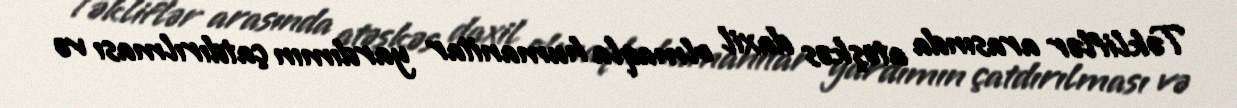
Təkliflər arasında atəşkəs daxil olmaqla humanitar yardımın çatdırılması və